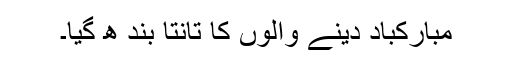
مبارکباد دینے والوں کا تانتا بند ھ گیا۔